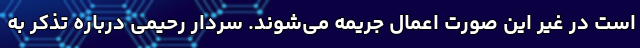
است در غیر این صورت اعمال جریمه می‌شوند. سردار رحیمی درباره تذکر به